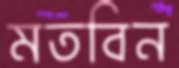
মতবিন